Civil Veterinary Dept. North-West Frontier Province 1923-32 - 1923-1932
Year: 1923
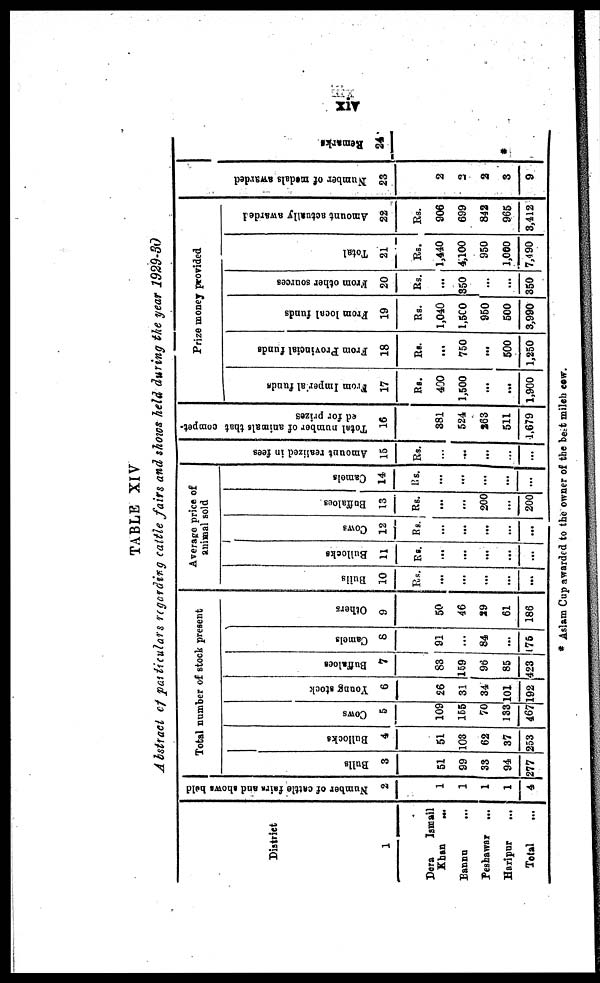
xiv
TABLE XIV
A bstract of particulars regarding cattle fairs and shows held during the year 1929-30
District
1
Dera
Ismail
Khan
...
Bannu
...
Peshawar
...
Haripur
...
Total
Number of cattle fairs and shows held
2
1
1
1
1
4
Total number of stock present
Bulls
3
51
99
33
94
277
Bullocks
4
51
103
62
37
253
Cows
5
109
155
70
133
467
Young stock
6
26
31
34
101
192
Buffaloes
7
83
159
96
85
423
Camels
8
91
...
84
...
175
Others
9
50
46
29
61
186
Average price of
animal sold
Bulls
10
Rs.
...
...
...
...
...
Bullocks
11
Rs.
...
...
...
...
...
Cows
12
Rs.
...
...
...
...
...
Boffaloes
13
Rs.
...
...
200
...
200
Camels
14
Rs.
...
...
...
...
...
Amo u n t r e a l i z e d in fees
15
Rs.
...
...
...
...
...
Total
number of animals that compet-
ed for prizes
16
381
524
263
511
1,679
Prize money provided
From Imperial funds
17
Rs.
400
1,500
...
...
1,900
From Provincial funds
18
Rs.
...
750
...
500
1,250
From local funds
19
Rs.
1,040
1,500
950
500
3,990
From other sources
20
Rs.
...
350
...
...
350
Total
21
Rs.
1,440
4,100
950
1,000
7,490
Amount actually awarded
22
Rs.
906
699
842
965
3,412
Nu mb e r of medals awarded
23
2
2
2
3
9
Re ma r
ks
24
*
* Aslam Cup awarded to the owner of the best milch cow.